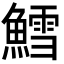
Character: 鱈